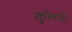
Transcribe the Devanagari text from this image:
गुलियो